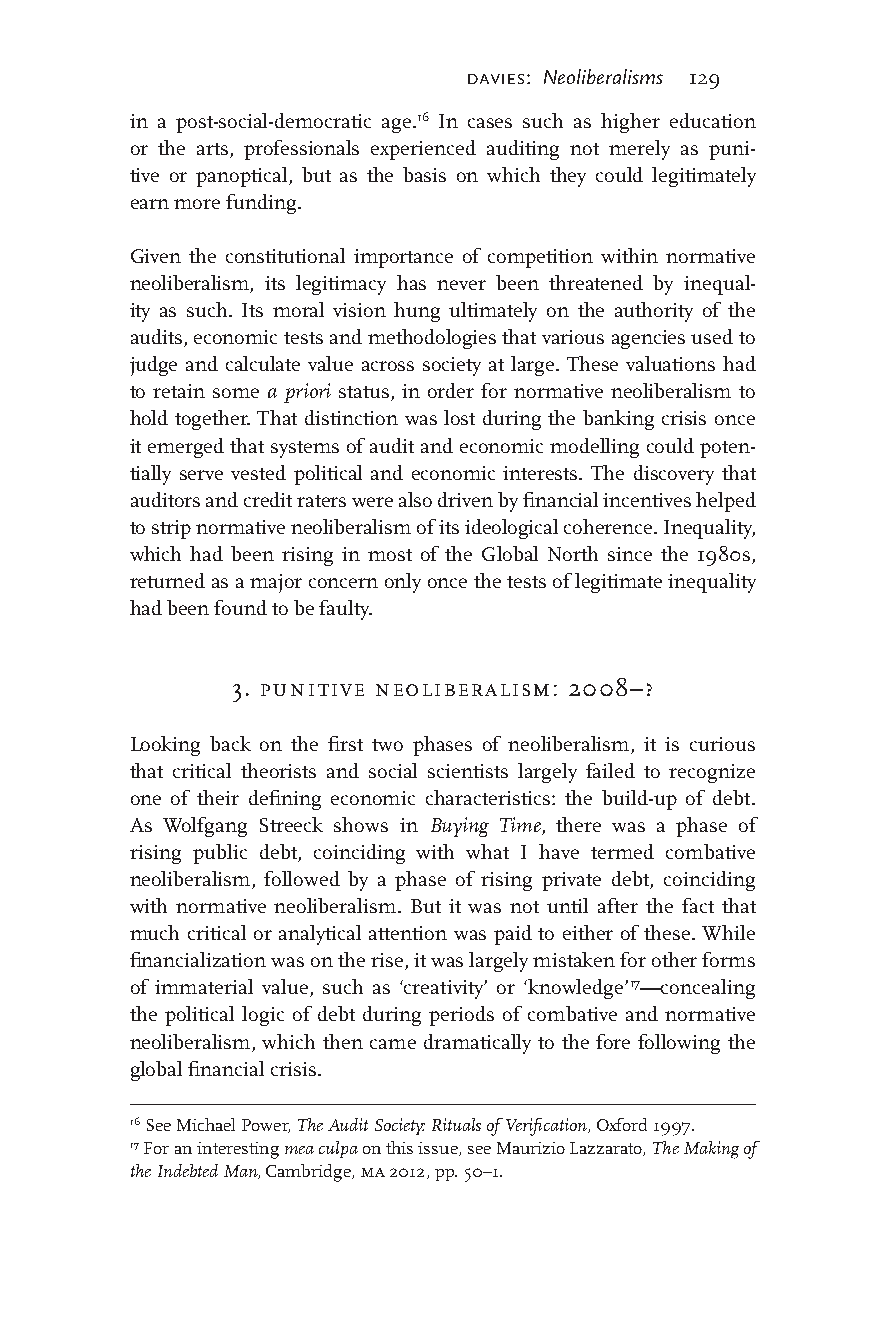
davies: Neoliberalisms 129
 in a post-social-democratic age.16 In cases such as higher education
 or the arts, professionals experienced auditing not merely as puni-
 tive or panoptical, but as the basis on which they could legitimately
 earn more funding.
 Given the constitutional importance of competition within normative
 neoliberalism, its legitimacy has never been threatened by inequal-
 ity as such. Its moral vision hung ultimately on the authority of the
 audits, economic tests and methodologies that various agencies used to
 judge and calculate value across society at large. These valuations had
 to retain some a priori status, in order for normative neoliberalism to
 hold together. That distinction was lost during the banking crisis once
 it emerged that systems of audit and economic modelling could poten-
 tially serve vested political and economic interests. The discovery that
 auditors and credit raters were also driven by financial incentives helped
 to strip normative neoliberalism of its ideological coherence. Inequality,
 which had been rising in most of the Global North since the 1980s,
 returned as a major concern only once the tests of legitimate inequality
 had been found to be faulty.
 3. punitive neoliberalism: 2008–?
 Looking back on the first two phases of neoliberalism, it is curious
 that critical theorists and social scientists largely failed to recognize
 one of their defining economic characteristics: the build-up of debt.
 As Wolfgang Streeck shows in Buying Time, there was a phase of
 rising public debt, coinciding with what I have termed combative
 neoliberalism, followed by a phase of rising private debt, coinciding
 with normative neoliberalism. But it was not until after the fact that
 much critical or analytical attention was paid to either of these. While
 financialization was on the rise, it was largely mistaken for other forms
 of immaterial value, such as ‘creativity’ or ‘knowledge’17—concealing
 the political logic of debt during periods of combative and normative
 neoliberalism, which then came dramatically to the fore following the
 global financial crisis.
 16 See Michael Power, The Audit Society: Rituals of Verification, Oxford 1997.
 17 For an interesting mea culpa on this issue, see Maurizio Lazzarato, The Making of
 the Indebted Man, Cambridge, ma 2012, pp. 50–1.